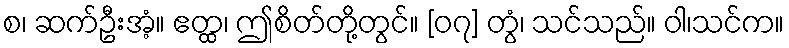
စ၊ ဆက်ဦးအံ့။ ဧတ္ထ၊ ဤစိတ်တို့တွင်။ [၀၇] တွံ၊ သင်သည်။ ဝါ၊သင်က။